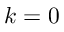
k = 0